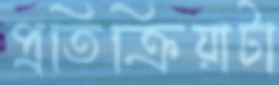
প্রতিক্রিয়াটা